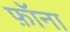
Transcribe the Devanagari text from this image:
फ़ॉना